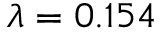
\lambda = 0 . 1 5 4